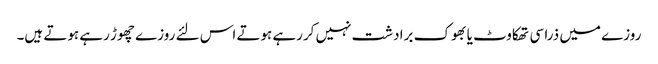
روزے میں ذرا سی تھکاوٹ یا بھوک برادشت نہیں کررہے ہوتے اس لئے روزے چھوڑ رہے ہوتے ہیں۔